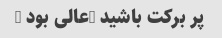
پر برکت باشید …عالی بود …